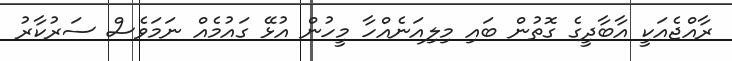
ރާއްޖެއަކީ އާބާދީގެ ގޮތުން ބައި މިލިއަނެއްހާ މީހުން އުޅޭ ގައުމެއް ނަމަވެސް ސަރުކާރު